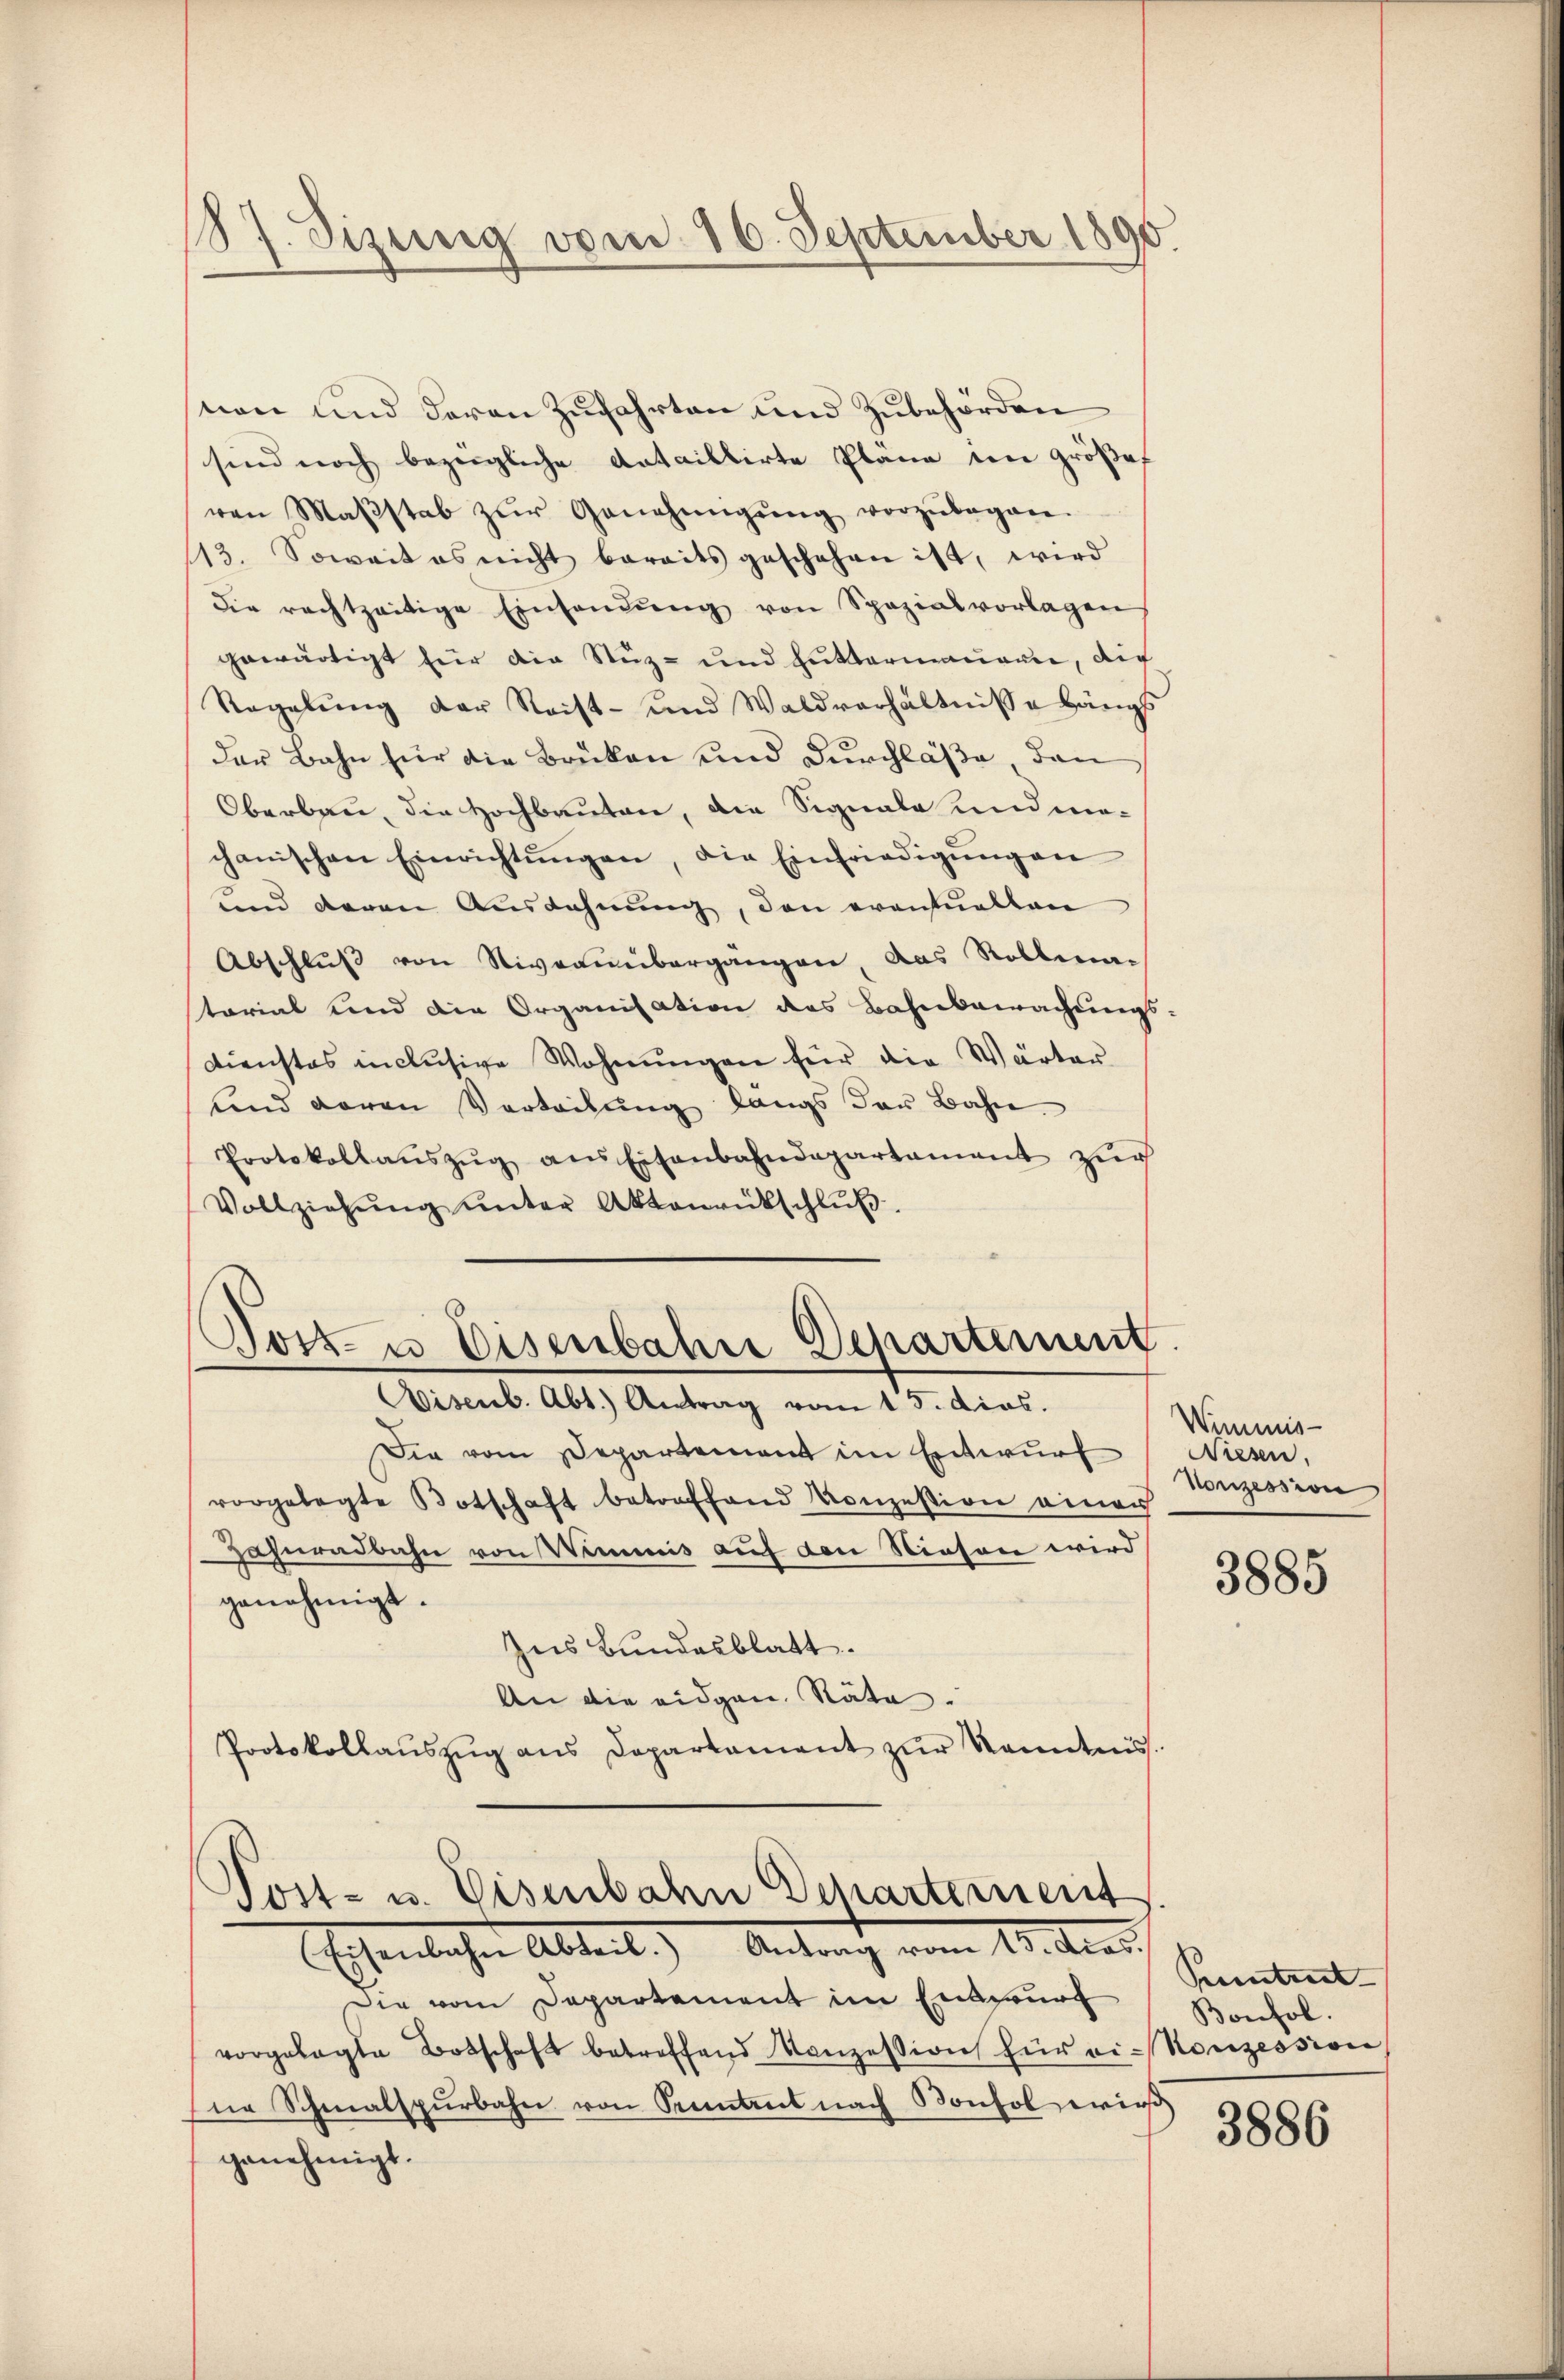
187. Dizung vom 16. September 1890.

nen und deren Zufahrten und Zubehörden
sind noch bezügliche dataillirte Plane im größef
ren Maβstab zŭr Genehmigŭng vorzŭbegan-
13. Soweit es nicht bereits geschehen ist, wird
die rechtzeitige Einsendŭng von Spezialvorlagen
gewärtigt für die Stuz- und Futtermauern, die
Regelung der Reist- und Waldverhältnisse Hängs
der Bahn für die Brüken und Durchlaße, dan
Oberbau, die Hochbauten, die Signale und wie-
chanischen Einrichtŭngen, die Einfriedigŭngen
und deren Ausdehnung, den eventuellen
Abschluß von Niveauübergangen, das Rollma-
tarial und die Organisation des Bahnbewachungs-
Dienstes inclusive Wohnŭngen für die Wärter
und daran Verteilung längs der Bahn
Protokollaŭszŭg ans Eisenbahndepartament zŭr
Vollziehŭng ŭnter Aktenrückschlŭβ

Post- u Eisenbahn Departement
Aisenb. Abt.) Antrag vom 15. dies.

Die vom Departement im Entwurf
vorgelegte Botschaft betroffend Konzession einen
Zahnradbahn von Wimnis auf den Niesen wird
genehmigt.
Ius Bundesblatt.
An die eidgen. Stäte.
Protokollaŭszŭg ans Departament zŭr Kenntnis.

Post- u. Eisenbahn Departement
Echenlichen Abteil. Antrag vom 19. Mai

Die vom Departement im Entwurf
vorgelegte Botschaft betreffend Konzession für vi-Konzession
ne Schmalspurbahn von Sentent nach Konsol wird,
genehmigt.

Wimmis-
Niesen,
Honzession

3885

Pecentret
Bonfol.

3886